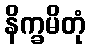
နိက္ခမိတုံ